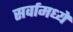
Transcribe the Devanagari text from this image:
सर्वामध्ये